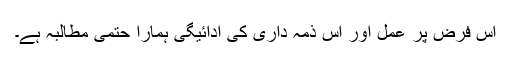
اس فرض پر عمل اور اس ذمہ داری کی ادائیگی ہمارا حتمی مطالبہ ہے۔